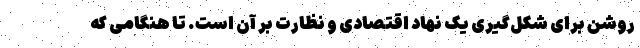
روشن برای شکل‌گیری یک نهاد اقتصادی و نظارت بر آن است. تا هنگامی که